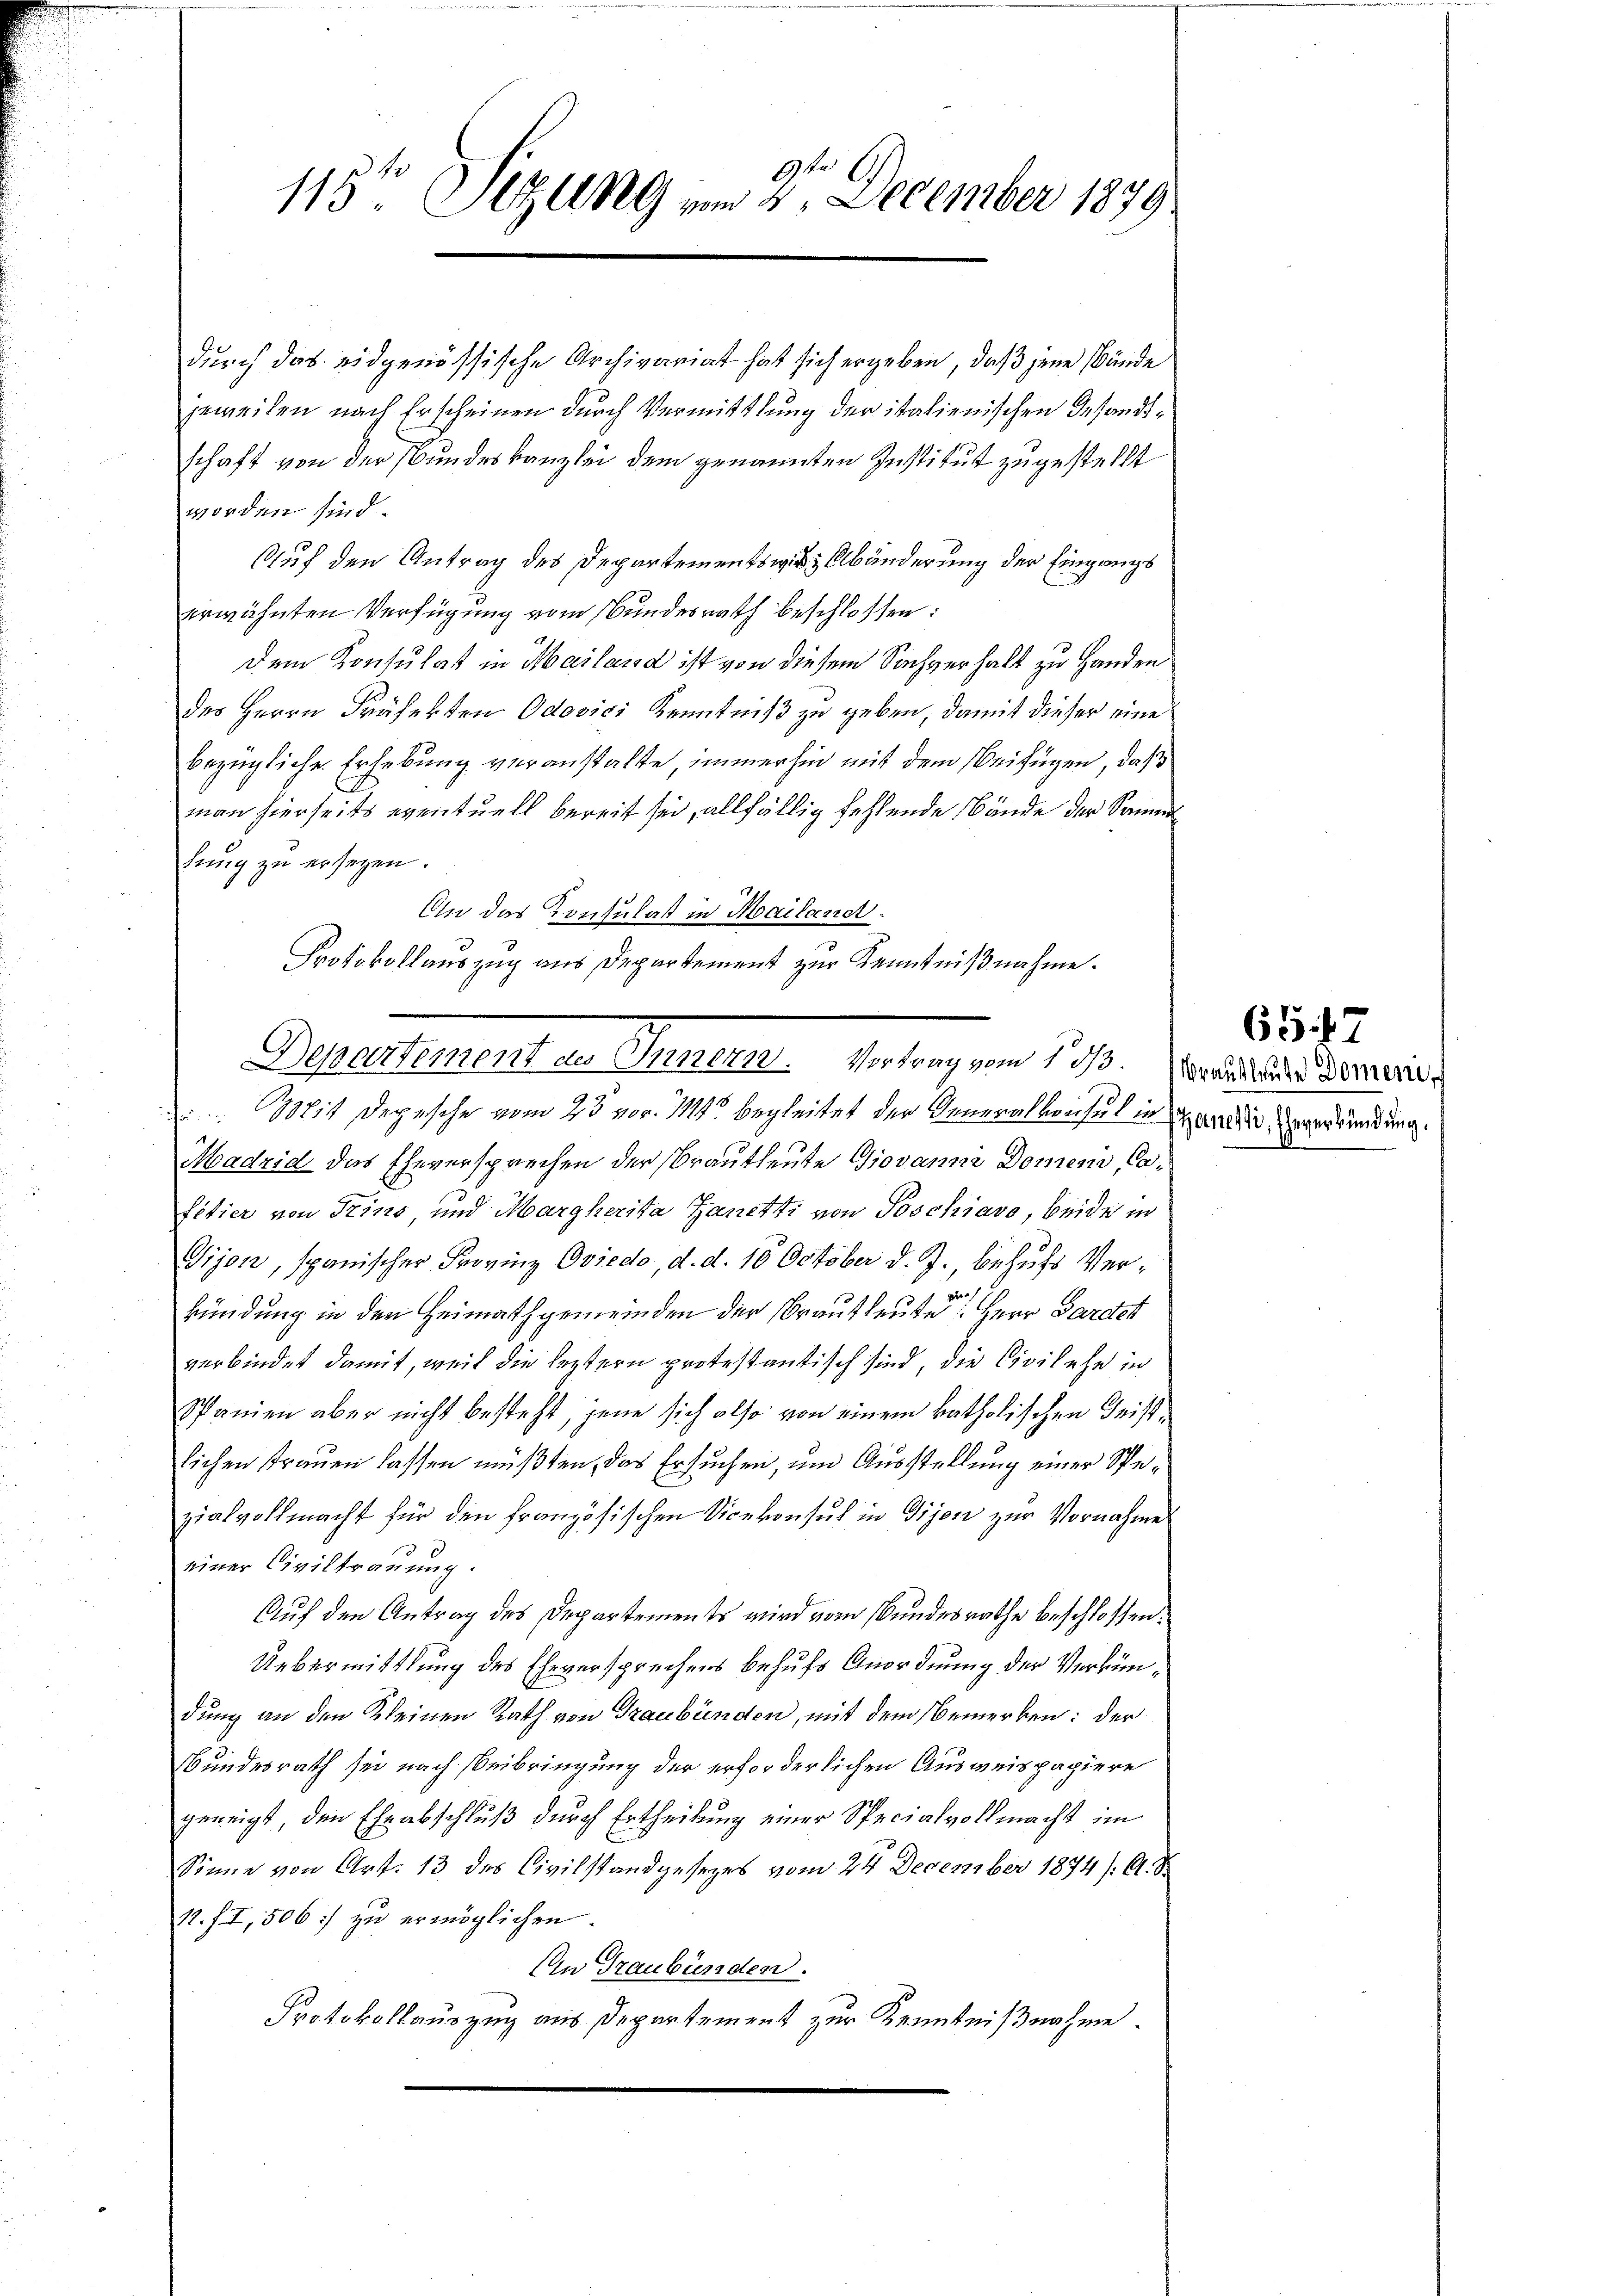
.
115ten Sizung vom 2. December 1879

durch das eidgenössische Archivariat hat sich ergeben, daß jene Wände
jeweilen nach Erscheinen durch Vermittlung der italienischen Gesandtschaft von der Bundeskanzlei dem genannten Institut zugestellt
worden sind.
Auf den Antrag des Departements wir Abänderung der Eingangs
erwähnten Verfügung vom Bundesrath beschlossen:
dem Konsulat in Mailand ist von diesem Sachverhalt zu Handen
des Herrn Präfekten Odovici Kenntniß zu geben, damit dieser eine
bezügliche Erhebung veranstalte, immerhin mit dem Beifügen, daß
man hierseits eventuell bereit sei, allfällig fehlende Bände der Sammhung zu ersehen.
An das Konsulat in Mailanet.
Mit Depesche vom 23. vor. 114 begleitet der Generalwisse in Sardin Erwerkündung.
Madrid das Eheversprechen der Brautleute Giovanni Domeni, Cafitier von Trins, und Margherita Zanetti von Poschiavo, beide in
Gijon, spanischer Frovinz Oviedo, d. d. 10 October d. J., behufs Verkündung in den Heimathgemeinden der Brautleute Herr Paratet
verbindet damit, weil die leztern protestantisch sind, die Civilehe in
Spanien aber nicht besteht, jene sich also von einem katholischen Geistlichen strauen lassen müßten, das Ersuchen, um Ausstellung einer Spezialvollmacht für den französischen Vicekonsul in Gijon zur Vornahme
einer Civiltrauung.
Auf den Antrag des Departements wird vom Bundesrathe beschlossen:
Uebermittlung des Eheversprechens behufs Anordnung der Verkündung an den Kleinen Rath von Graubünden, mit dem Bemerken: der
Bundesrath sei nach Beibringung der erforderlichen Ausweispapiere
geneigt, den Eheabschluß durch Ertheilung einer Specialvollmacht im
Sinne von Art. 13 des Civilstand gesezes vom 24 December 1874 /. M. d
11. II, 506 zu ermöglichen.
An Graubünden.
Protokollauszug aus Departement zur Kenntnißnahme.

Protokollauszug aus Departement zur Kenntnißnahme.
Dessertement der Sustellt. Eintrag von 10. Mariellen derenis

65. 47